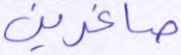
صاغرين